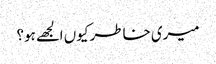
میری خاطر کیوں الجھے ہو؟